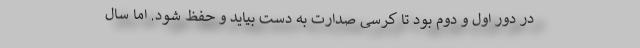
در دور اول و دوم بود تا کرسی صدارت به دست بیاید و حفظ شود. اما سال